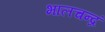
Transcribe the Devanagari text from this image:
भालचन्द्रं